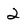
Character: 2